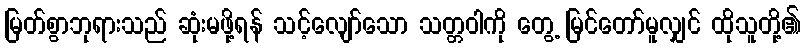
မြတ်စွာဘုရားသည် ဆုံးမဖို့ရန် သင့်လျော်သော သတ္တဝါကို တွေ့ မြင်တော်မူလျှင် ထိုသူတို့၏